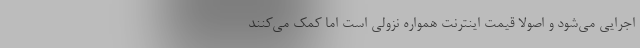
اجرایی می‌شود و اصولا قیمت اینترنت همواره نزولی است اما کمک می‌کنند